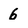
Character: 6